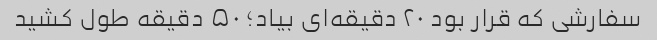
سفارشی که قرار بود ۲۰ دقیقه‌ای بیاد؛ ۵۰ دقیقه طول کشید